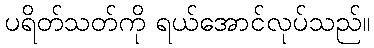
ပရိတ်သတ်ကို ရယ်အောင်လုပ်သည်။